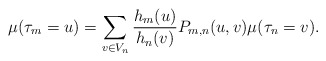
\begin{align*}\mu(\tau_m=u)=\sum_{v \in V_n}\frac{h_m(u)}{h_n(v)}P_{m,n}(u,v)\mu(\tau_n=v).\end{align*}